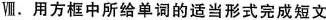
Ⅷ.用方框中所给单词的适当形式完成短文